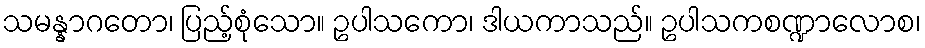
သမန္နာဂတော၊ ပြည့်စုံသော။ ဥပါသကော၊ ဒါယကာသည်။ ဥပါသကစဏ္ဍာလောစ၊